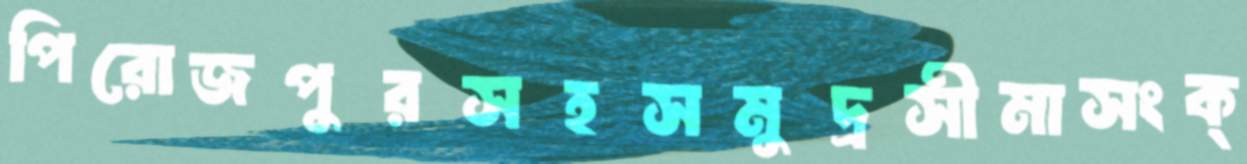
পিরোজপুরসহসমুদ্রসীমাসংক্